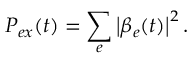
P _ { e x } ( t ) = \sum _ { e } \left\vert \beta _ { e } ( t ) \right\vert ^ { 2 } .